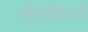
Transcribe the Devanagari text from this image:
रोसकिल्डे